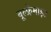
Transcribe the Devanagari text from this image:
वूल्फ्रेमाइट